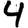
Digit: 4